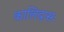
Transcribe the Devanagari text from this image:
कालिदासः